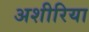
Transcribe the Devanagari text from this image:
अशीरिया